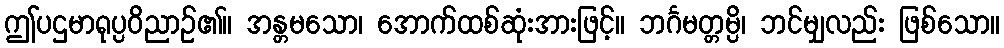
ဤပဌမာရုပ္ပဝိညာဉ်၏။ အန္တမသော၊ အောက်ထစ်ဆုံးအားဖြင့်။ ဘင်္ဂမတ္တမ္ပိ၊ ဘင်မျှလည်း ဖြစ်သော။